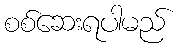
စစ်ဆေးရပါမည်